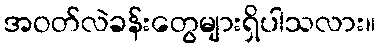
အဝတ်လဲခန်းတွေများရှိပါသလား။